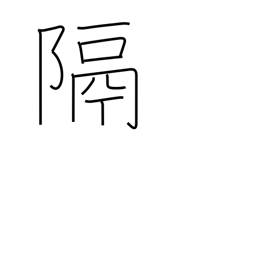
Meaning: distance